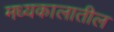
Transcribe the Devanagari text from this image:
मध्यकालातील